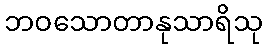
ဘဝသောတာနုသာရိသု